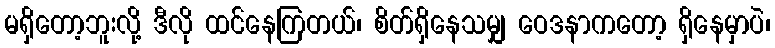
မရှိတော့ဘူးလို့ ဒီလို ထင်နေကြတယ်၊ စိတ်ရှိနေသမျှ ဝေဒနာကတော့ ရှိနေမှာပဲ၊